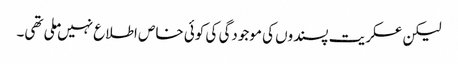
لیکن عسکریت پسندوں کی موجودگی کی کوئی خاص اطلاع نہیں ملی تھی۔